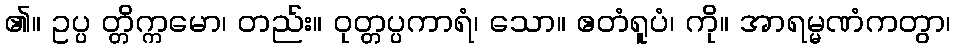
၏။ ဥပ္ပ တ္တိက္ကမော၊ တည်း။ ဝုတ္တပ္ပကာရံ၊ သော။ ဧတံရူပံ၊ ကို။ အာရမ္မဏံကတွာ၊